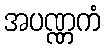
အပဏ္ဏကံ